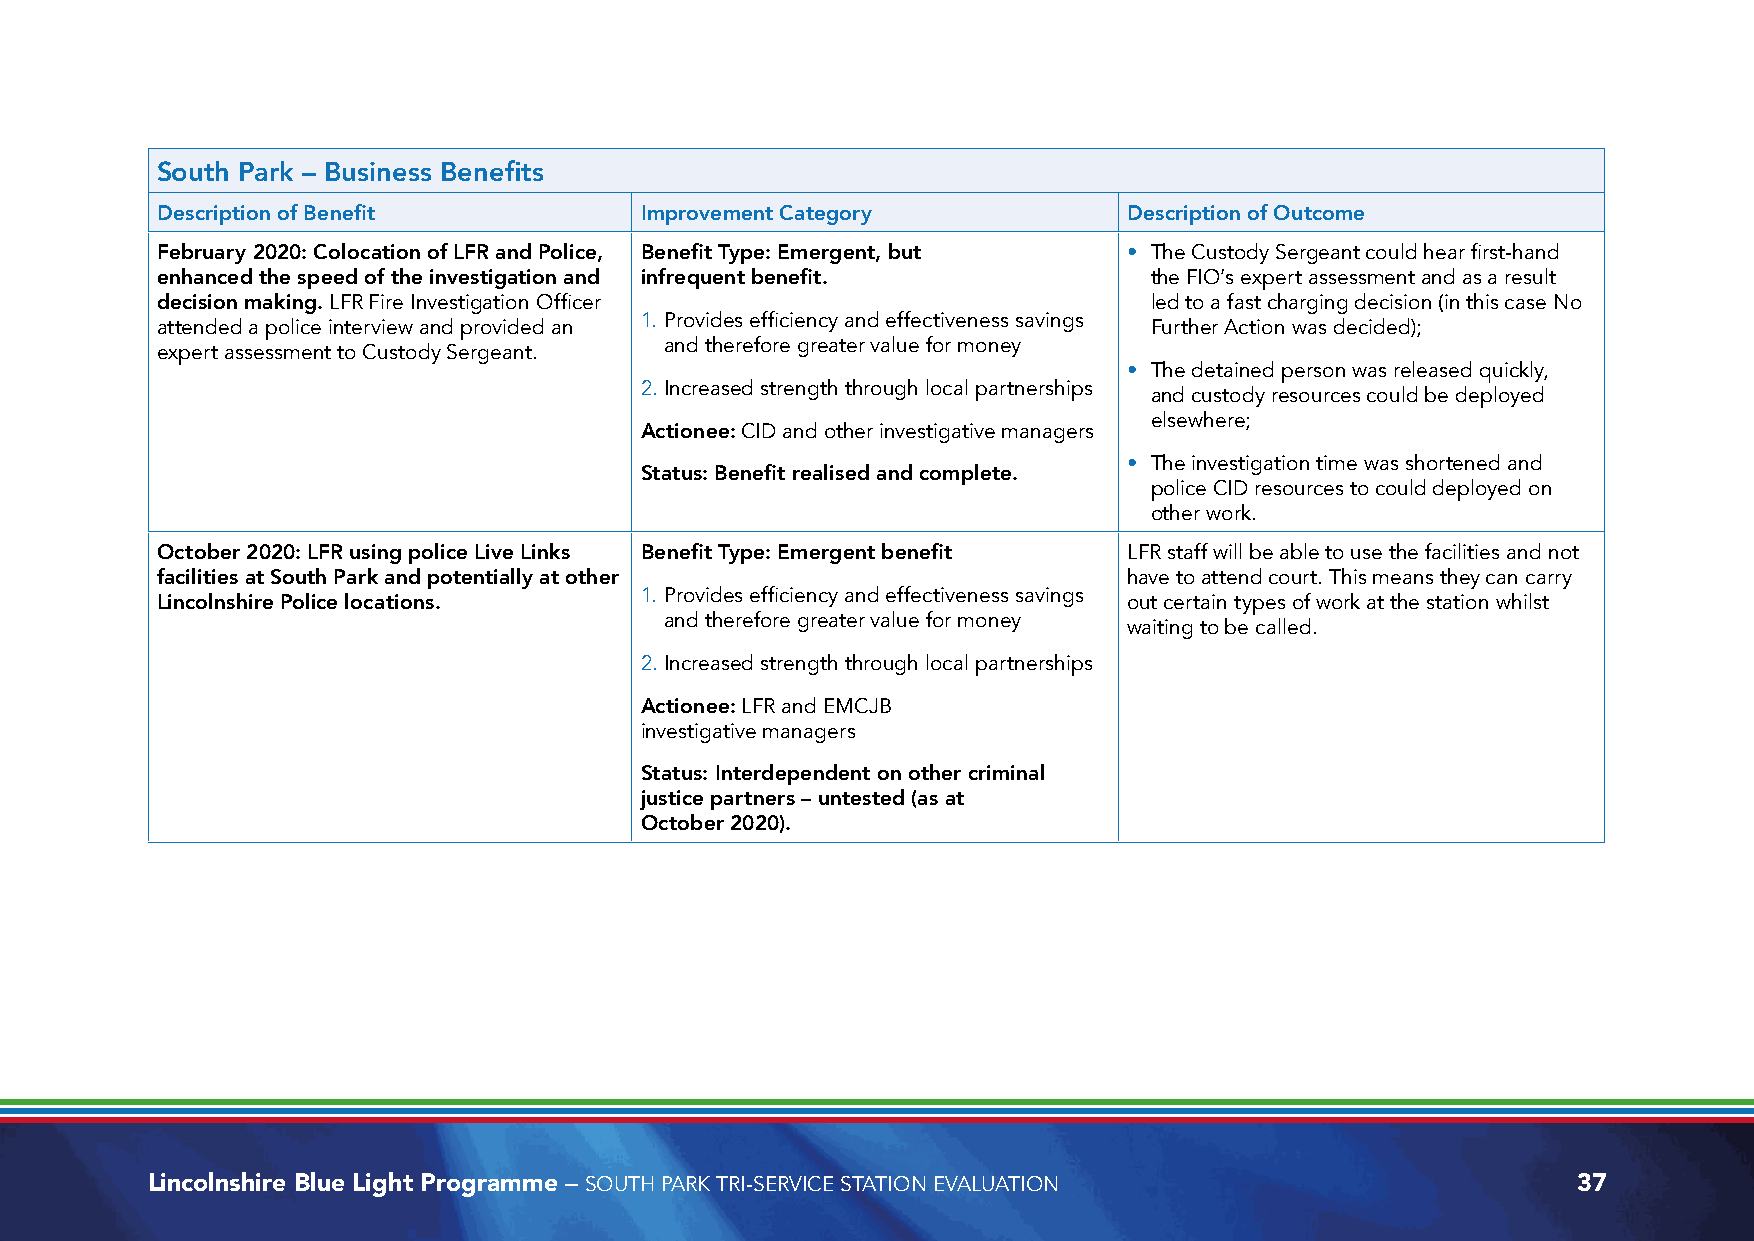
South Park – Business Benefits
 Description of Benefit          Improvement Category             Description of Outcome
 February 2020: Colocation of LFR and Police, Benefit Type: Emergent, but • The Custody Sergeant could hear first-hand
 enhanced the speed of the investigation and infrequent benefit.   the FIO’s expert assessment and as a result
 decision making. LFR Fire Investigation Officer                   led to a fast charging decision (in this case No
 1. Provides efficiency and effectiveness savings
 attended a police interview and provided an                       Further Action was decided);
 and therefore greater value for money
 expert assessment to Custody Sergeant.
 • The detained person was released quickly,
 2. Increased strength through local partnerships
 and custody resources could be deployed
 elsewhere;
 Actionee: CID and other investigative managers
 • The investigation time was shortened and
 Status: Benefit realised and complete.
 police CID resources to could deployed on
 other work.
 October 2020: LFR using police Live Links Benefit Type: Emergent benefit LFR staff will be able to use the facilities and not
 facilities at South Park and potentially at other                have to attend court. This means they can carry
 1. Provides efficiency and effectiveness savings
 Lincolnshire Police locations.                                   out certain types of work at the station whilst
 and therefore greater value for money
 waiting to be called.
 2. Increased strength through local partnerships
 Actionee: LFR and EMCJB
 investigative managers
 Status: Interdependent on other criminal
 justice partners – untested (as at
 October 2020).
 Lincolnshire Blue Light Programme – SOUTH PARK TRI-SERVICE STATION EVALUATION                 37